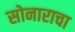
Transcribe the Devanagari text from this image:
सोनाराचा